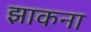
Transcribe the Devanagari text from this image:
झाकना